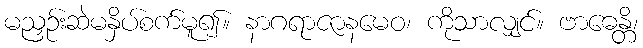
မညှဉ်းဆဲမနှိပ်စက်မူ၍။ နာဂရာဇာနမေဝ၊ ကိုသာလျှင်။ ဗာဓေန္တိ၊